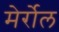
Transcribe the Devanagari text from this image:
मेर्रोल